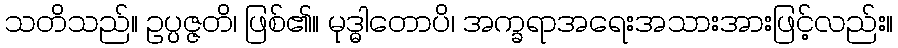
သတိသည်။ ဥပ္ပဇ္ဇတိ၊ ဖြစ်၏။ မုဒ္ဓါတောပိ၊ အက္ခရာအရေးအသားအားဖြင့်လည်း။